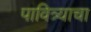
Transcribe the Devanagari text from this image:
पावित्र्याचा